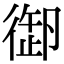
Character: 𢕜